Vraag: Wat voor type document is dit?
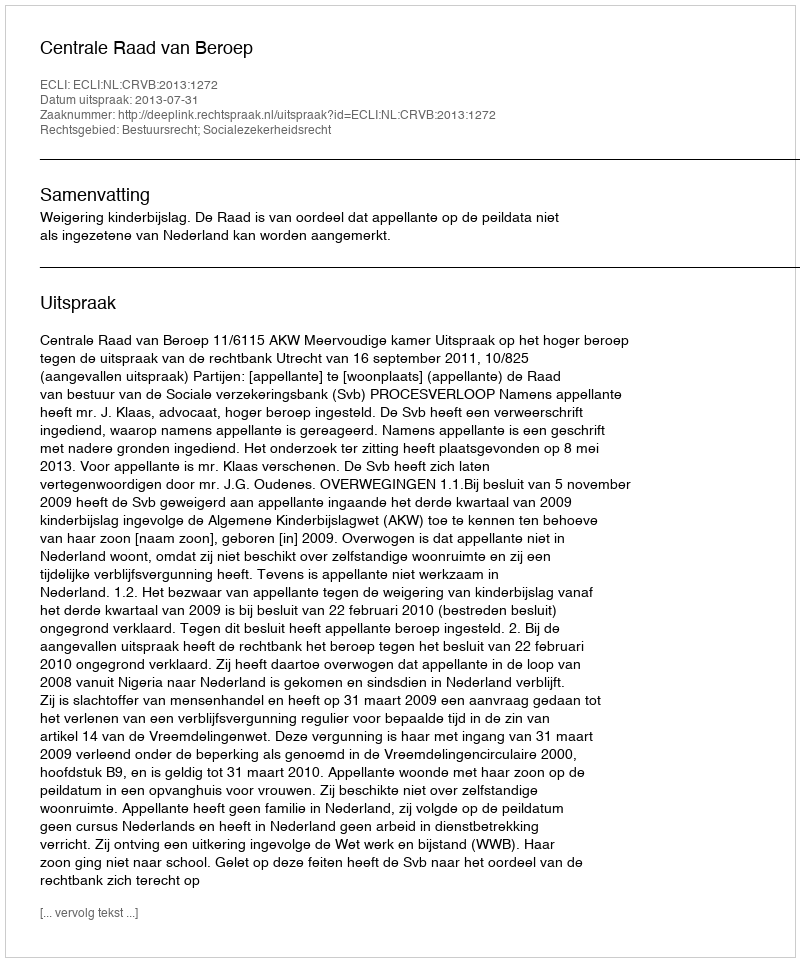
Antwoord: Uitspraak